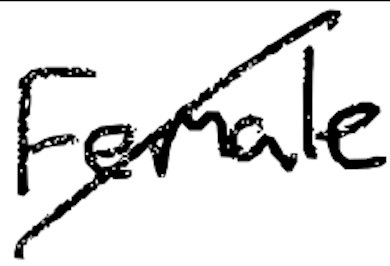
Text: Female
Cross-out: diagonal
Writing tool: digital_black